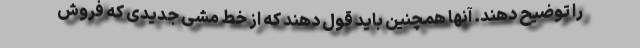
را توضیح دهند. آنها همچنین باید قول دهند که از خط مشی جدیدی که فروش